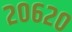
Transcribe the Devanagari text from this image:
२०६२०